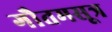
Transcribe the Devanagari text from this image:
गौतमसूत्र